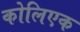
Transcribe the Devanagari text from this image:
कोलिएक